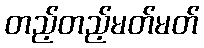
တည့်တည့်မတ်မတ်